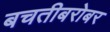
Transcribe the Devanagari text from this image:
बचतीबरोबर